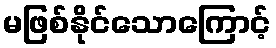
မဖြစ်နိုင်သောကြောင့်